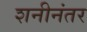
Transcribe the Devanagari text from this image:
शनीनंतर